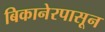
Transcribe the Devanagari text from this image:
बिकानेरपासून